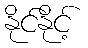
နိုင်နိုင့်